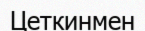
Цеткинмен